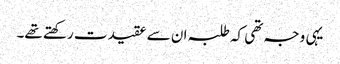
یہی وجہ تھی کہ طلبہ ان سے عقیدت رکھتے تھے۔